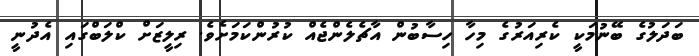
ބަދަލުގެ ބޭނުމަކީ ކެރިއަރުގެ މިހާ ހިސާބުން އާޗެލެންޖެއް ކުރުންކަމަށެވެ. ރިލީޒަށް ކްލަބްގައި އެދުނީ